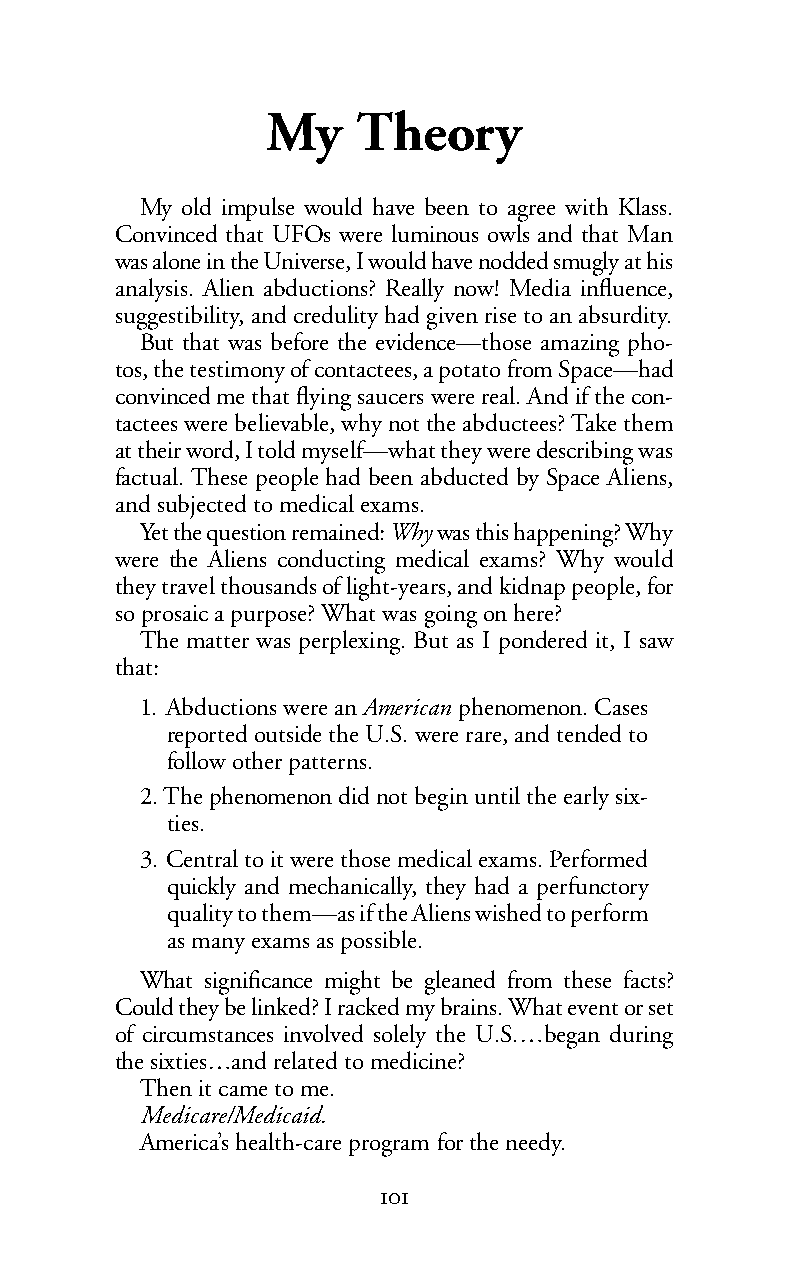
My    Theory
 My old impulse would have been to agree with Klass.
 Convinced that UFOs were luminous owls and that Man
 was alone in the Universe, I would have nodded smugly at his
 analysis. Alien abductions? Really now! Media influence,
 suggestibility, and credulity had given rise to an absurdity.
 But that was before the evidence—those amazing pho-
 tos, the testimony of contactees, a potato from Space—had
 convinced me that flying saucers were real. And if the con-
 tactees were believable, why not the abductees? Take them
 at their word, I told myself—what they were describing was
 factual. These people had been abducted by Space Aliens,
 and subjected to medical exams.
 Yet the question remained:Whywas this happening? Why
 were the Aliens conducting medical exams? Why would
 they travel thousands of light-years, and kidnap people, for
 so prosaic a purpose? What was going on here?
 The matter was perplexing. But as I pondered it, I saw
 that:
 1. Abductions were anAmerican phenomenon. Cases
 reported outside the U.S. were rare, and tended to
 follow other patterns.
 2.The phenomenon did not begin until the early six-
 ties.
 3. Central to it were those medical exams. Performed
 quickly and mechanically, they had a perfunctory
 quality to them—as if the Aliens wished to perform
 as many exams as possible.
 What significance might be gleaned from these facts?
 Could they be linked? I racked my brains. What event or set
 of circumstances involved solely the U.S.…began during
 the sixties…and related to medicine?
 Then it came to me.
 Medicare/Medicaid.
 America’s health-care program for the needy.
 